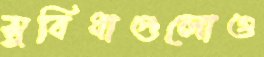
সুবিধাগুলোও